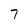
Character: 7